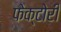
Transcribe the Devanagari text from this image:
फेक्टोरी